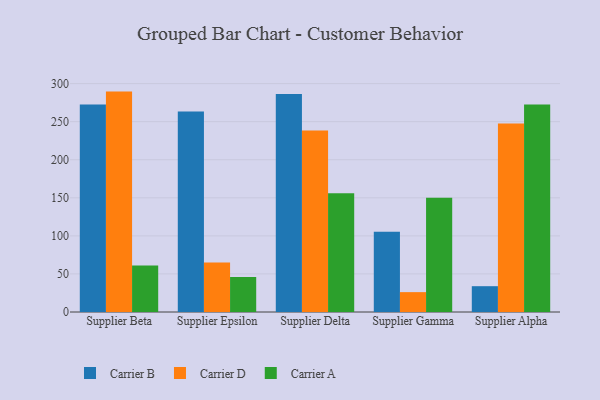
{"axis": {"x": "Supplier", "y": "Churn Rate (%)"}, "legend": ["Carrier A", "Carrier B", "Carrier D"], "data": [{"x": "Supplier Beta", "y": 272.5, "type": "Carrier B"}, {"x": "Supplier Beta", "y": 289.5, "type": "Carrier D"}, {"x": "Supplier Beta", "y": 61.2, "type": "Carrier A"}, {"x": "Supplier Epsilon", "y": 263.3, "type": "Carrier B"}, {"x": "Supplier Epsilon", "y": 64.9, "type": "Carrier D"}, {"x": "Supplier Epsilon", "y": 46.0, "type": "Carrier A"}, {"x": "Supplier Delta", "y": 286.2, "type": "Carrier B"}, {"x": "Supplier Delta", "y": 238.5, "type": "Carrier D"}, {"x": "Supplier Delta", "y": 156.1, "type": "Carrier A"}, {"x": "Supplier Gamma", "y": 105.4, "type": "Carrier B"}, {"x": "Supplier Gamma", "y": 26.1, "type": "Carrier D"}, {"x": "Supplier Gamma", "y": 150.1, "type": "Carrier A"}, {"x": "Supplier Alpha", "y": 33.9, "type": "Carrier B"}, {"x": "Supplier Alpha", "y": 247.6, "type": "Carrier D"}, {"x": "Supplier Alpha", "y": 272.7, "type": "Carrier A"}]}